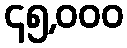
၄၅,၀၀၀